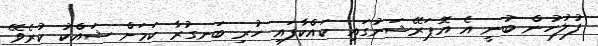
ފުލުހުން ބުނީ އެ އޮޕަރޭޝަނުގައި ކައްކާފައި ހުރި ބަނގުރާ ކަމަށް ޝައްކު ކުރެވޭ